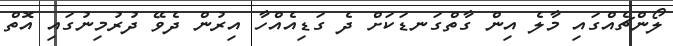
ލޯންޗެއްގައި މާލެ އިން ގާތްގަނޑަކަށް ދެ ގަޑިއެއްހާ އިރުން ދެވޭ ދުރުމިނުގައި އޮތް